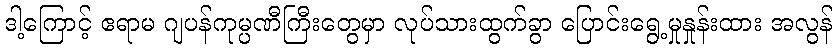
ဒါ့ကြောင့် ဧရာမ ဂျပန်ကုမ္ပဏီကြီးတွေမှာ လုပ်သားထွက်ခွာ ပြောင်းရွေ့မှုနှုန်းထား အလွန်